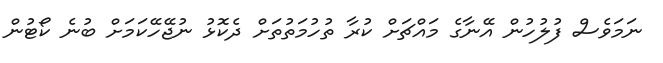
ނަމަވެސް ފުލުހުން އޭނާގެ މައްޗަށް ކުރާ ތުހުމަތުތަށް ދެކޮޅު ނުޖޭހޭކަމަށް ބުނެ ކޯޓުން